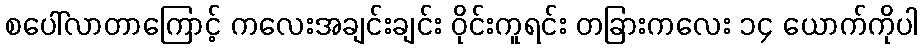
စပေါ်လာတာကြောင့် ကလေးအချင်းချင်း ဝိုင်းကူရင်း တခြားကလေး ၁၄ ယောက်ကိုပါ